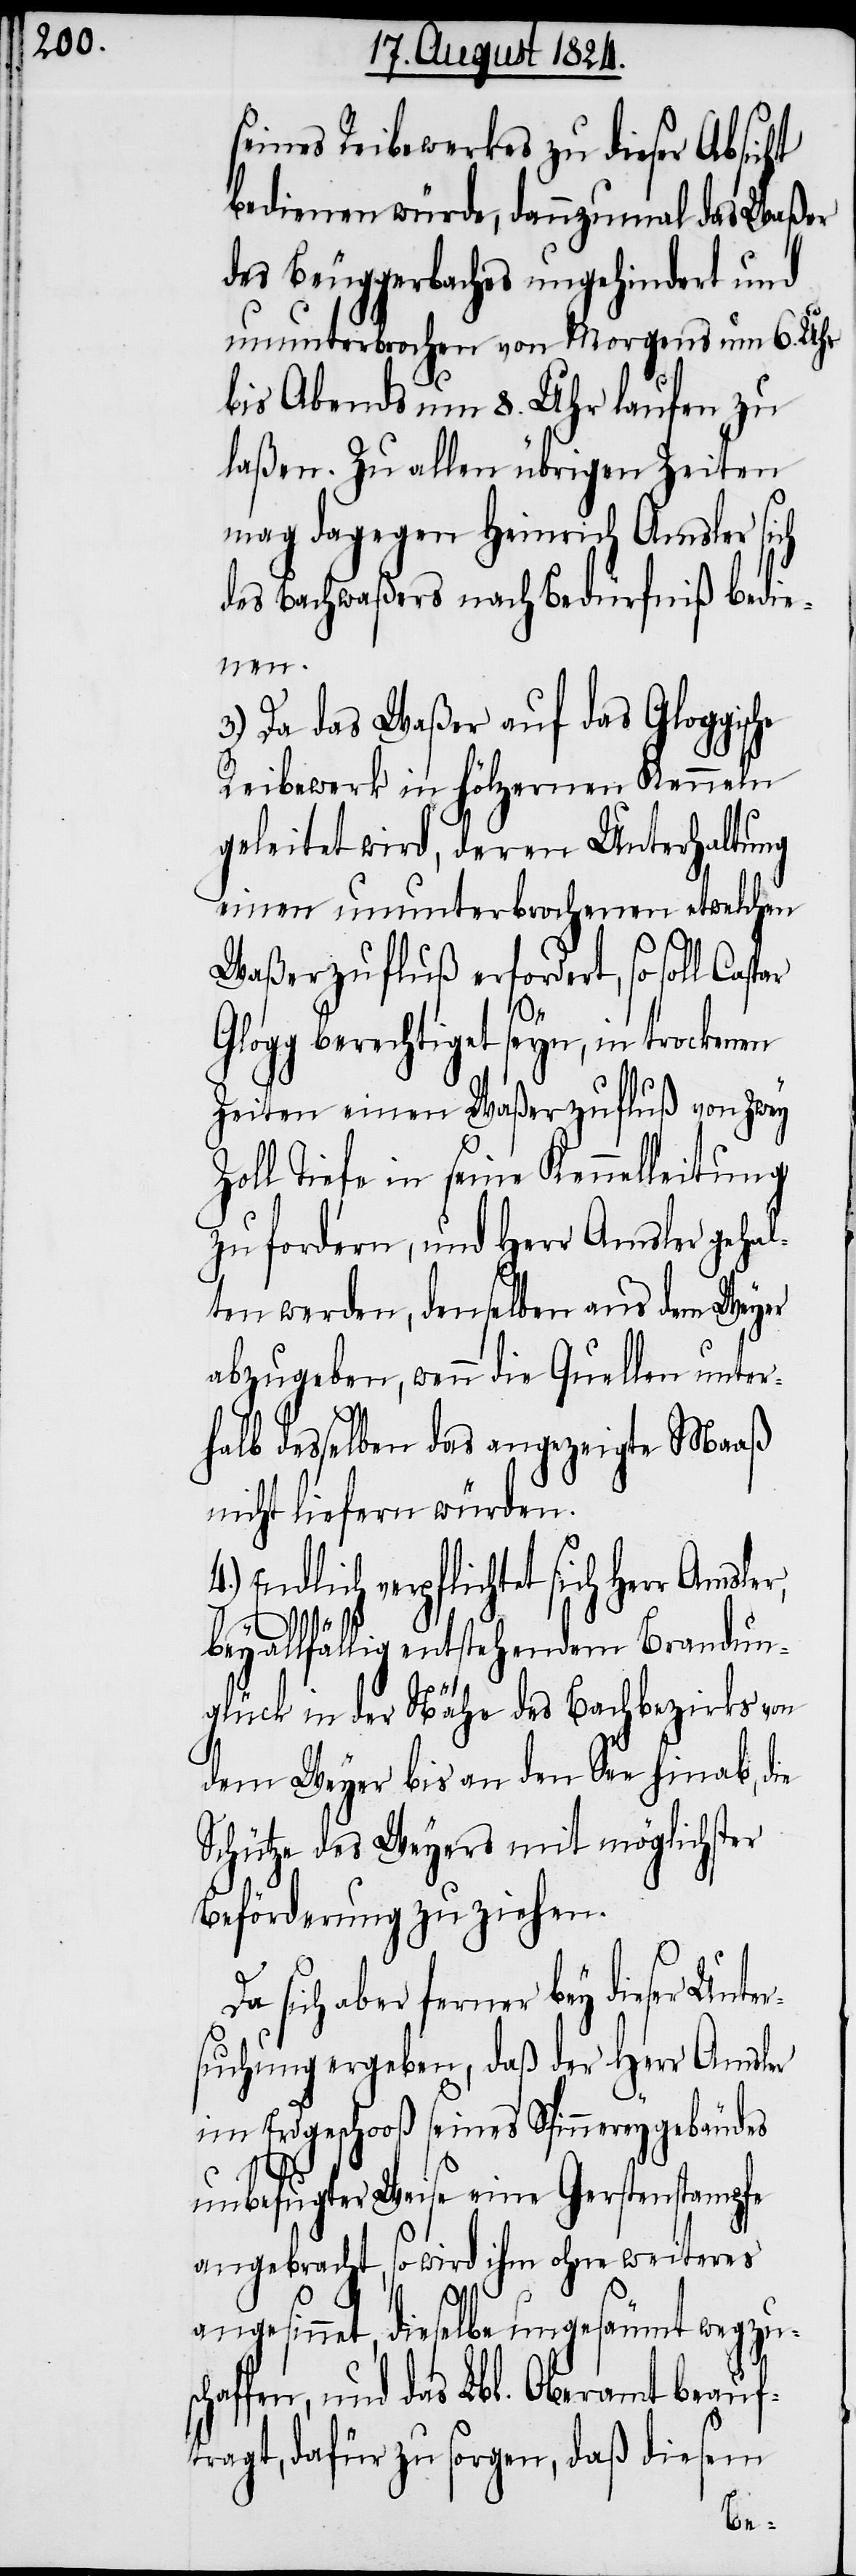
seines Reibewerkes zu dieser Absicht
bedienen würde, dannzumal das Waßer
des Beuggerbaches ungehindert und
ununterbrochen von Morgens um 6. Uhr
bis Abends um 8. Uhr laufen zu
laßen. Zu allen übrigen Zeiten
mag dagegen Heinrich Amsler sich
des Bachwaßers nach Bedürfniß bedie¬
nen.
3.) Da das Waßer auf das Gloggische
Reibewerk in hölzernen Kenneln
geleitet wird, deren Unterhaltung
einen ununterbrochenen etwelchen
Waßerzufluß erfordert, so soll
Glogg berechtiget seyn, in trockenen
Zeiten einen Waßerzufluß von zwey
Zoll Tiefe in seine Kennelleitung
zu fordern, und Herr Amsler gehal¬
ten werden, denselben aus dem Weyer
abzugeben, wenn die Quellen unter¬
halb desselben das angezeigte Maaß
nicht liefern würden.
Endlich verpflichtet sich Herr
bey allfällig entstehendem Brandun¬
glück in der Nähe des Bachbezirks von
dem Weyer bis an den See hinab, die
Schütze des Weyers mit möglichster
Beförderung zu ziehen.
sich aber ferner bey dieser Unte¬
rsuchung ergeben, daß der Herr Amsler
im Erdgeschoß seines Spinnereygebäudes
unbefugter Weise eine Gerstenstampfe
angebracht, so wird ihm ohne weiteres
angesinnet, dieselbe ungesäumt wegzusc¬
haffen, und das Lbl. Oberamt beauf¬
tragt, dafür zu sorgen, daß diesem